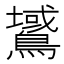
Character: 𪅫